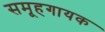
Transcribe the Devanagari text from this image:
समूहगायक